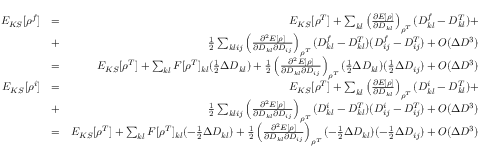
\begin{array} { r l r } { E _ { K S } [ \rho ^ { f } ] } & { = } & { E _ { K S } [ \rho ^ { T } ] + \sum _ { k l } \left( \frac { \partial E [ \rho ] } { \partial D _ { k l } } \right) _ { \rho ^ { T } } ( D _ { k l } ^ { f } - D _ { k l } ^ { T } ) + } \\ & { + } & { \frac { 1 } { 2 } \sum _ { k l i j } \left( \frac { \partial ^ { 2 } E [ \rho ] } { \partial D _ { k l } \partial D _ { i j } } \right) _ { \rho ^ { T } } ( D _ { k l } ^ { f } - D _ { k l } ^ { T } ) ( D _ { i j } ^ { f } - D _ { i j } ^ { T } ) + O ( \Delta D ^ { 3 } ) } \\ & { = } & { E _ { K S } [ \rho ^ { T } ] + \sum _ { k l } F [ \rho ^ { T } ] _ { k l } ( \frac { 1 } { 2 } \Delta D _ { k l } ) + \frac { 1 } { 2 } \left( \frac { \partial ^ { 2 } E [ \rho ] } { \partial D _ { k l } \partial D _ { i j } } \right) _ { \rho ^ { T } } ( \frac { 1 } { 2 } \Delta D _ { k l } ) ( \frac { 1 } { 2 } \Delta D _ { i j } ) + O ( \Delta D ^ { 3 } ) } \\ { E _ { K S } [ \rho ^ { i } ] } & { = } & { E _ { K S } [ \rho ^ { T } ] + \sum _ { k l } \left( \frac { \partial E [ \rho ] } { \partial D _ { k l } } \right) _ { \rho ^ { T } } ( D _ { k l } ^ { i } - D _ { k l } ^ { T } ) + } \\ & { + } & { \frac { 1 } { 2 } \sum _ { k l i j } \left( \frac { \partial ^ { 2 } E [ \rho ] } { \partial D _ { k l } \partial D _ { i j } } \right) _ { \rho ^ { T } } ( D _ { k l } ^ { i } - D _ { k l } ^ { T } ) ( D _ { i j } ^ { i } - D _ { i j } ^ { T } ) + O ( \Delta D ^ { 3 } ) } \\ & { = } & { E _ { K S } [ \rho ^ { T } ] + \sum _ { k l } F [ \rho ^ { T } ] _ { k l } ( - \frac { 1 } { 2 } \Delta D _ { k l } ) + \frac { 1 } { 2 } \left( \frac { \partial ^ { 2 } E [ \rho ] } { \partial D _ { k l } \partial D _ { i j } } \right) _ { \rho ^ { T } } ( - \frac { 1 } { 2 } \Delta D _ { k l } ) ( - \frac { 1 } { 2 } \Delta D _ { i j } ) + O ( \Delta D ^ { 3 } ) } \end{array}